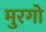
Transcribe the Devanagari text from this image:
मुरगो